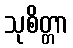
သုစိတ္တာ